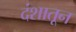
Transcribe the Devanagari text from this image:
दंशातून